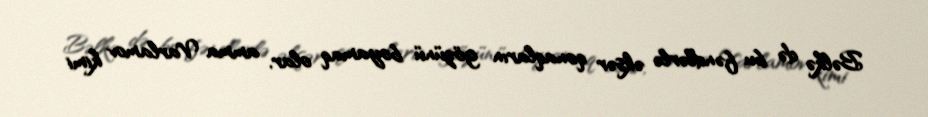
Bəlkə də bu fəndlərlə əksər qonaqların gözünü boyamaq olar, amma Varlamov kimi